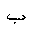
Letter: _ba